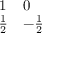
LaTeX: \begin{array} { l l } { { 1 } } & { { 0 } } \\ { { { \frac { 1 } { 2 } } } } & { { - { \frac { 1 } { 2 } } } } \end{array}